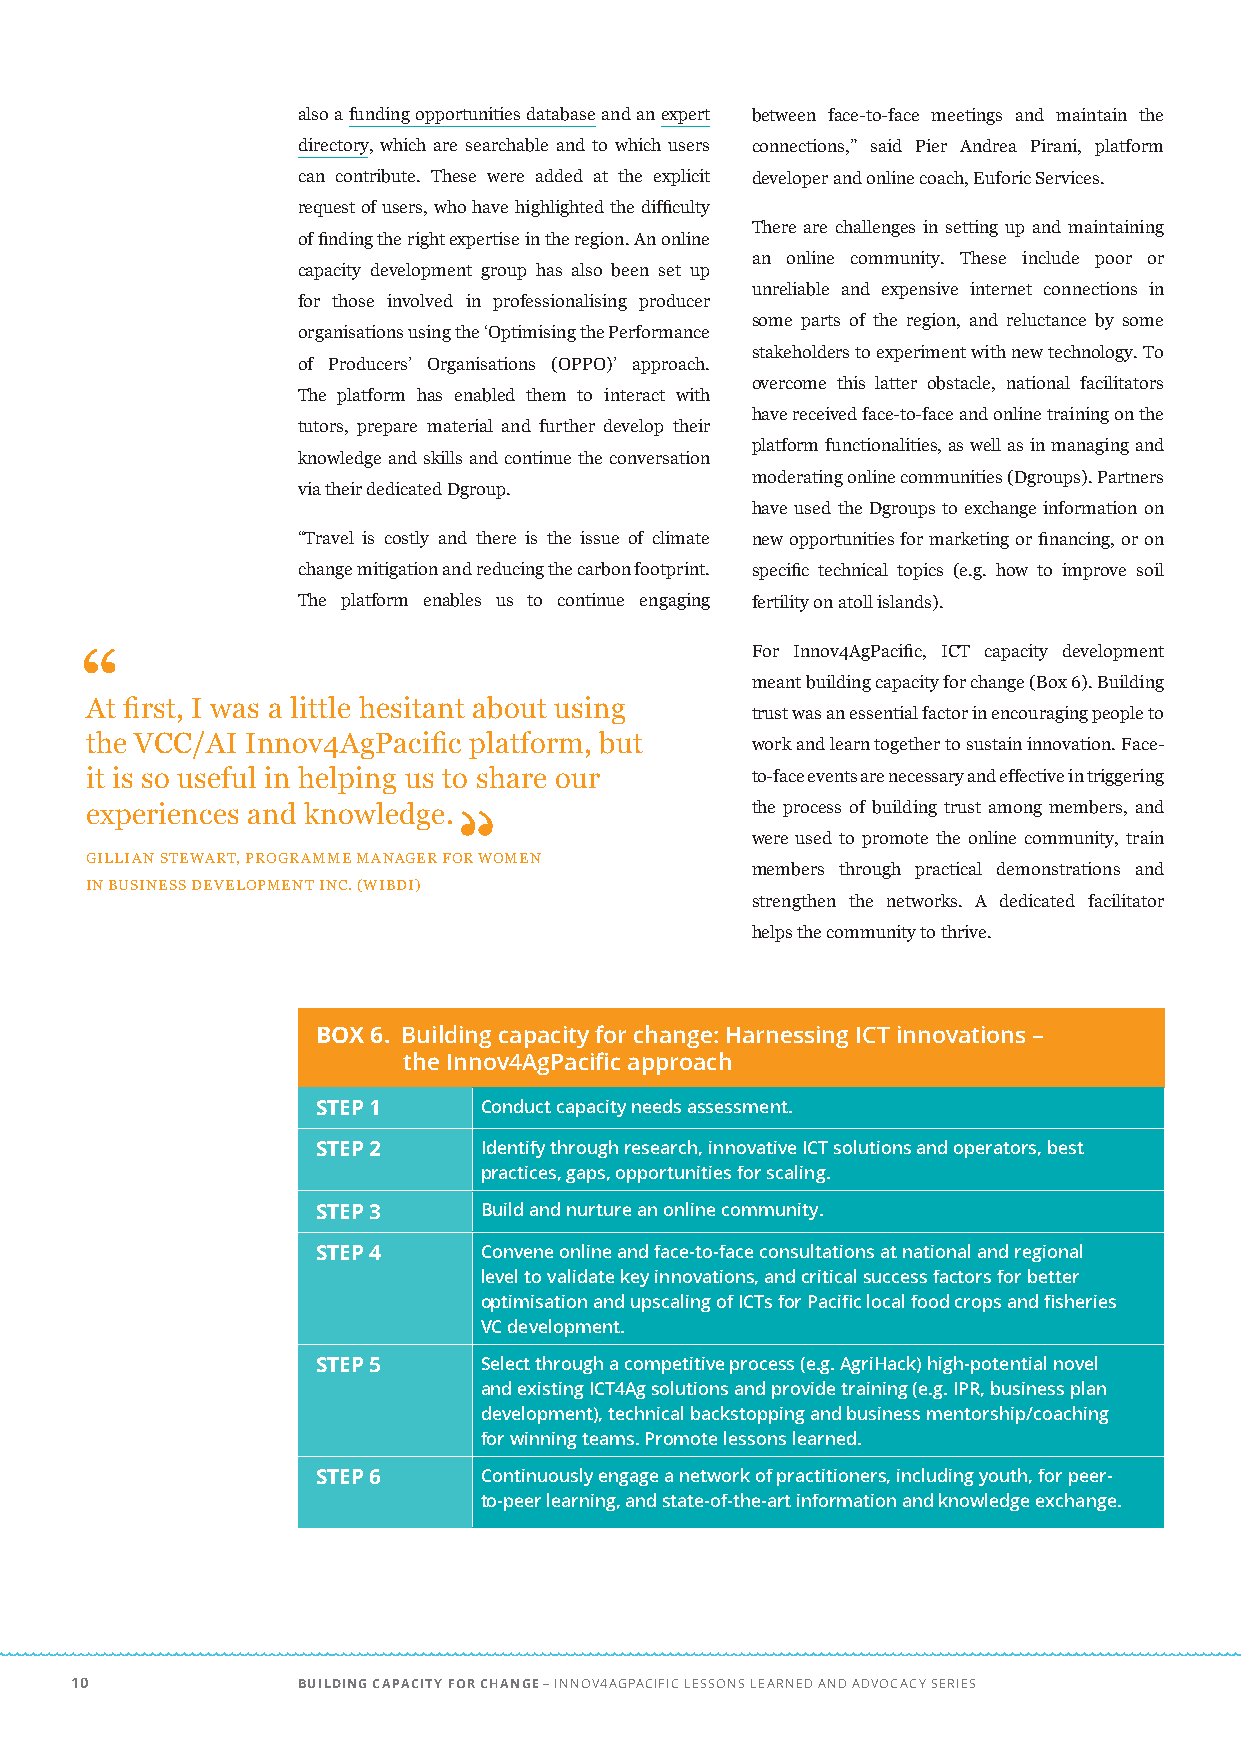
also a funding opportunities database and an expert between face-to-face meetings and maintain the
 directory, which are searchable and to which users connections,” said Pier Andrea Pirani, platform
 can contribute. These were added at the explicit developer and online coach, Euforic Services.
 request of users, who have highlighted the difficulty
 There are challenges in setting up and maintaining
 of finding the right expertise in the region. An online
 an online community. These include poor or
 capacity development group has also been set up
 unreliable and expensive internet connections in
 for those involved in professionalising producer
 some parts of the region, and reluctance by some
 organisations using the ‘Optimising the Performance
 stakeholders to experiment with new technology. To
 of Producers’ Organisations (OPPO)’ approach.
 overcome this latter obstacle, national facilitators
 The platform has enabled them to interact with
 have received face-to-face and online training on the
 tutors, prepare material and further develop their
 platform functionalities, as well as in managing and
 knowledge and skills and continue the conversation
 moderating online communities (Dgroups). Partners
 via their dedicated Dgroup.
 have used the Dgroups to exchange information on
 “Travel is costly and there is the issue of climate new opportunities for marketing or financing, or on
 change mitigation and reducing the carbon footprint. specific technical topics (e.g. how to improve soil
 The platform enables us to continue engaging fertility on atoll islands).
 For Innov4AgPacific, ICT capacity development
 “
 meant building capacity for change (Box 6). Building
 At first, I was a little hesitant about using
 trust was an essential factor in encouraging people to
 the VCC/AI Innov4AgPacific platform, but    work and learn together to sustain innovation. Face-
 it is so useful in helping us to share our  to-face events are necessary and effective in triggering
 experiences and knowledge.                  the process of building trust among members, and
 were used to promote the online community, train
 GILLIAN STEWART, PROGRAMME MANAGER FOR WOMEN
 members through practical demonstrations and
 IN BUSINESS DEVELOPMENT INC. (WIBDI)
 strengthen the networks. A dedicated facilitator
 helps the community to thrive.
 BOX 6. Building capacity for change: Harnessing ICT innovations –
 the Innov4AgPacific approach
 STEP 1     Conduct capacity needs assessment.
 STEP 2     Identify through research, innovative ICT solutions and operators, best
 practices, gaps, opportunities for scaling.
 STEP 3     Build and nurture an online community.
 STEP 4     Convene online and face-to-face consultations at national and regional
 level to validate key innovations, and critical success factors for better
 optimisation and upscaling of ICTs for Pacific local food crops and fisheries
 VC development.
 STEP 5     Select through a competitive process (e.g. AgriHack) high-potential novel
 and existing ICT4Ag solutions and provide training (e.g. IPR, business plan
 development), technical backstopping and business mentorship/coaching
 for winning teams. Promote lessons learned.
 STEP 6     Continuously engage a network of practitioners, including youth, for peer-
 to-peer learning, and state-of-the-art information and knowledge exchange.
 10             BUILDING CAPACITY FOR CHANGE – INNOV4AGPACIFIC LESSONS LEARNED AND ADVOCACY SERIES
 “